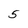
Character: 5